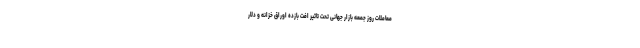
معاملات روز جمعه بازار جهانی تحت تاثیر افت بازده اوراق خزانه و دلار